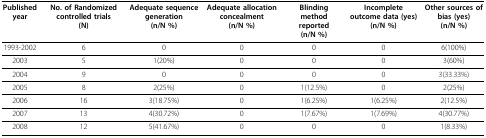
<table><thead><tr><td><b>Published year</b></td><td><b>No. of Randomized controlled trials(N)</b></td><td><b>Adequate sequence generation(n/N %)</b></td><td><b>Adequate allocation concealment(n/N %)</b></td><td><b>Blinding method reported(n/N %)</b></td><td><b>Incomplete outcome data (yes)(n/N %)</b></td><td><b>Other sources of bias (yes)(n/N %)</b></td></tr></thead><tbody><tr><td>1993-2002</td><td>6</td><td>0</td><td>0</td><td>0</td><td>0</td><td>6(100%)</td></tr><tr><td>2003</td><td>5</td><td>1(20%)</td><td>0</td><td>0</td><td>0</td><td>3(60%)</td></tr><tr><td>2004</td><td>9</td><td>0</td><td>0</td><td>0</td><td>0</td><td>3(33.33%)</td></tr><tr><td>2005</td><td>8</td><td>2(25%)</td><td>0</td><td>1(12.5%)</td><td>0</td><td>2(25%)</td></tr><tr><td>2006</td><td>16</td><td>3(18.75%)</td><td>0</td><td>1(6.25%)</td><td>1(6.25%)</td><td>2(12.5%)</td></tr><tr><td>2007</td><td>13</td><td>4(30.72%)</td><td>0</td><td>1(7.67%)</td><td>1(7.69%)</td><td>4(30.77%)</td></tr><tr><td>2008</td><td>12</td><td>5(41.67%)</td><td>0</td><td>0</td><td>0</td><td>1(8.33%)</td></tr></tbody></table>